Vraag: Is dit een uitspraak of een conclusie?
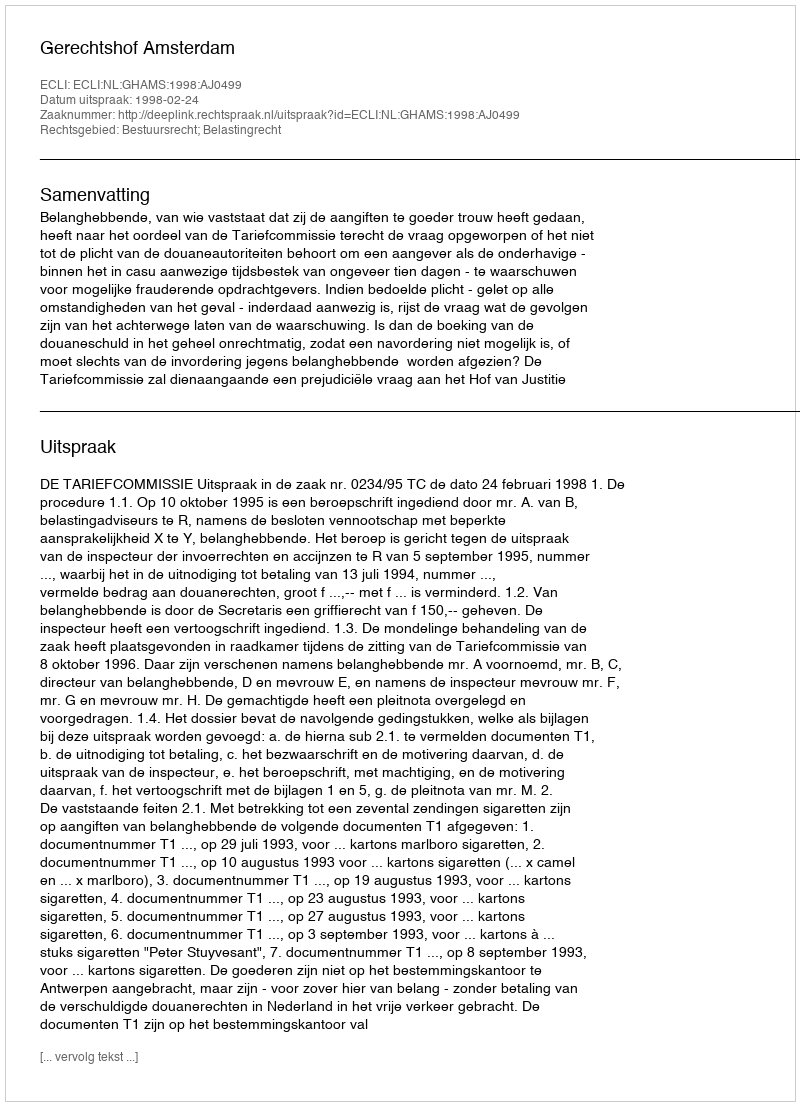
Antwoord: Uitspraak